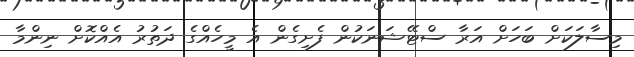
މިސާލަކަށް ބަހަށް އަރާ ސްޓޭޝަނަކުން ފެށިގެން އެ މީހެއްގެ ދަތުރު އެއްކޮށް ނިންމާ